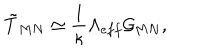
LaTeX: \tilde { T } _ { M N } \simeq \frac { 1 } { \kappa } \Lambda _ { e f f } \mathcal { G } _ { M N } ,